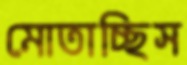
মোতাচ্ছিস